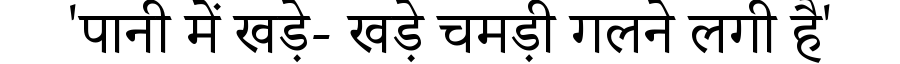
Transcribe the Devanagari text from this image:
'पानी में खड़े- खड़े चमड़ी गलने लगी है'